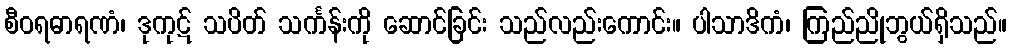
စီဝရဓာရဏံ၊ ဒုကုဋ် သပိတ် သင်္ကန်းကို ဆောင်ခြင်း သည်လည်းကောင်း။ ပါသာဒိကံ၊ ကြည်ညိုဘွယ်ရှိသည်။